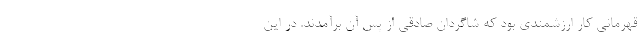
قهرمانی کار ارزشمندی بود که شاگردان صادقی از پس آن برآمدند. در این